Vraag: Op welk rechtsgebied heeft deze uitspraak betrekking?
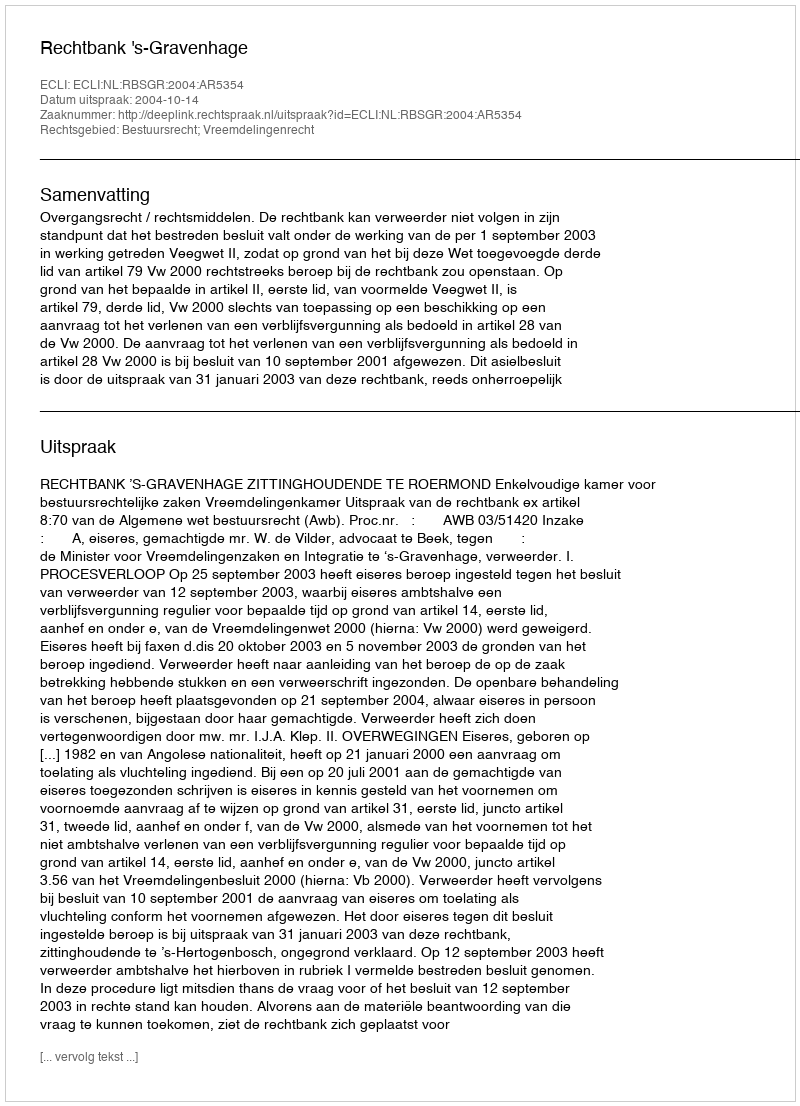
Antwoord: Bestuursrecht; Vreemdelingenrecht